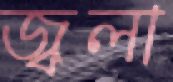
জ্বলা